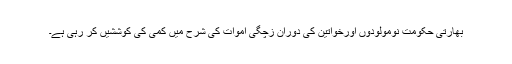
بھارتی حکومت نومولودوں اورخواتین کی دوران زچگی اموات کی شرح میں کمی کی کوششیں کر رہی ہے۔